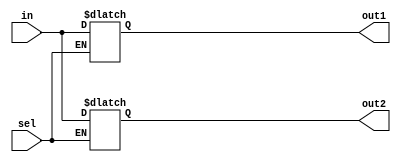
module demux1_2(in,out1,out2,sel);
    input in,sel;
    output reg out1,out2;

    always @(*)
    begin
        if (sel) 
            out2 = in;
        else 
            out1 = in;
    end

endmodule